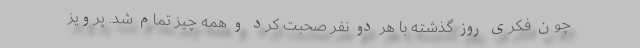
چون فکری روز گذشته با هر دو نفر صحبت کرد و همه چیز تمام شد. پرویز